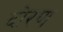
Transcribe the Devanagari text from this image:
दोरण